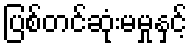
ပြစ်တင်ဆုံးမမှုနှင့်